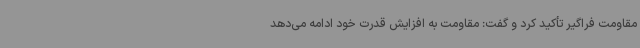
مقاومت فراگیر تأکید کرد و گفت: مقاومت به افزایش قدرت خود ادامه می‌دهد